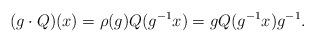
LaTeX: \begin{align*}(g \cdot Q)(x)=\rho(g) Q(g^{-1}x)= g Q(g^{-1}x) g^{-1}.\end{align*}